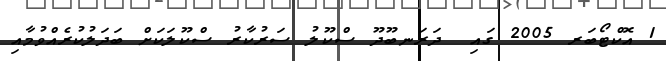
1 އޮކްޓޯބަރ 2005 ގައި  ދަރަނބޫދޫ ސްކޫލު ސަރުކާރު ސްކޫލަކަށް ބަދަލުކުރެއްވުމާއި